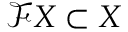
\mathcal { F } X \subset X